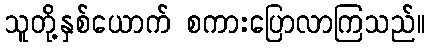
သူတို့နှစ်ယောက် စကားပြောလာကြသည်။